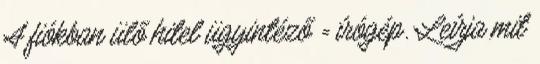
A fiókban ülő hitel ügyintéző = írógép. Leírja mit